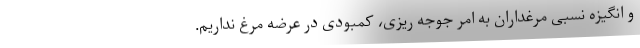
و انگیزه نسبی مرغداران به امر جوجه ریزی، کمبودی در عرضه مرغ نداریم.